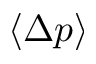
\langle \Delta p \rangle